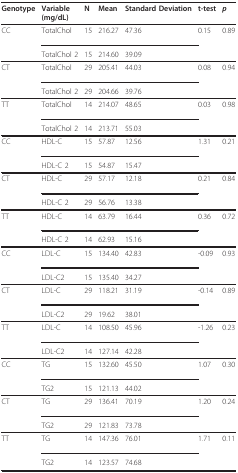
<table><thead><tr><td><b>Genotype</b></td><td><b>Variable(mg/dL)</b></td><td><b>N</b></td><td><b>Mean</b></td><td><b>Standard Deviation</b></td><td><b>t-test</b></td><td><b><i>p</i></b></td></tr></thead><tbody><tr><td>CC</td><td>TotalChol</td><td>15</td><td>216.27</td><td>47.36</td><td>0.15</td><td>0.89</td></tr><tr><td></td><td>TotalChol 2</td><td>15</td><td>214.60</td><td>39.09</td><td></td><td></td></tr><tr><td>CT</td><td>TotalChol</td><td>29</td><td>205.41</td><td>44.03</td><td>0.08</td><td>0.94</td></tr><tr><td></td><td>TotalChol 2</td><td>29</td><td>204.66</td><td>39.76</td><td></td><td></td></tr><tr><td>TT</td><td>TotalChol</td><td>14</td><td>214.07</td><td>48.65</td><td>0.03</td><td>0.98</td></tr><tr><td></td><td>TotalChol 2</td><td>14</td><td>213.71</td><td>55.03</td><td></td><td></td></tr><tr><td>CC</td><td>HDL-C</td><td>15</td><td>57.87</td><td>12.56</td><td>1.31</td><td>0.21</td></tr><tr><td></td><td>HDL-C 2</td><td>15</td><td>54.87</td><td>15.47</td><td></td><td></td></tr><tr><td>CT</td><td>HDL-C</td><td>29</td><td>57.17</td><td>12.18</td><td>0.21</td><td>0.84</td></tr><tr><td></td><td>HDL-C 2</td><td>29</td><td>56.76</td><td>13.38</td><td></td><td></td></tr><tr><td>TT</td><td>HDL-C</td><td>14</td><td>63.79</td><td>16.44</td><td>0.36</td><td>0.72</td></tr><tr><td></td><td>HDL-C 2</td><td>14</td><td>62.93</td><td>15.16</td><td></td><td></td></tr><tr><td>CC</td><td>LDL-C</td><td>15</td><td>134.40</td><td>42.83</td><td>-0.09</td><td>0.93</td></tr><tr><td></td><td>LDL-C2</td><td>15</td><td>135.40</td><td>34.27</td><td></td><td></td></tr><tr><td>CT</td><td>LDL-C</td><td>29</td><td>118.21</td><td>31.19</td><td>-0.14</td><td>0.89</td></tr><tr><td></td><td>LDL-C2</td><td>29</td><td>19.62</td><td>38.01</td><td></td><td></td></tr><tr><td>TT</td><td>LDL-C</td><td>14</td><td>108.50</td><td>45.96</td><td>-1.26</td><td>0.23</td></tr><tr><td></td><td>LDL-C2</td><td>14</td><td>127.14</td><td>42.28</td><td></td><td></td></tr><tr><td>CC</td><td>TG</td><td>15</td><td>132.60</td><td>45.50</td><td>1.07</td><td>0.30</td></tr><tr><td></td><td>TG2</td><td>15</td><td>121.13</td><td>44.02</td><td></td><td></td></tr><tr><td>CT</td><td>TG</td><td>29</td><td>136.41</td><td>70.19</td><td>1.20</td><td>0.24</td></tr><tr><td></td><td>TG2</td><td>29</td><td>121.83</td><td>73.78</td><td></td><td></td></tr><tr><td>TT</td><td>TG</td><td>14</td><td>147.36</td><td>76.01</td><td>1.71</td><td>0.11</td></tr><tr><td></td><td>TG2</td><td>14</td><td>123.57</td><td>74.68</td><td></td><td></td></tr></tbody></table>